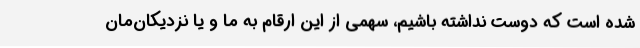
شده است که دوست نداشته باشیم، سهمی از این ارقام به ما و یا نزدیکان‌مان